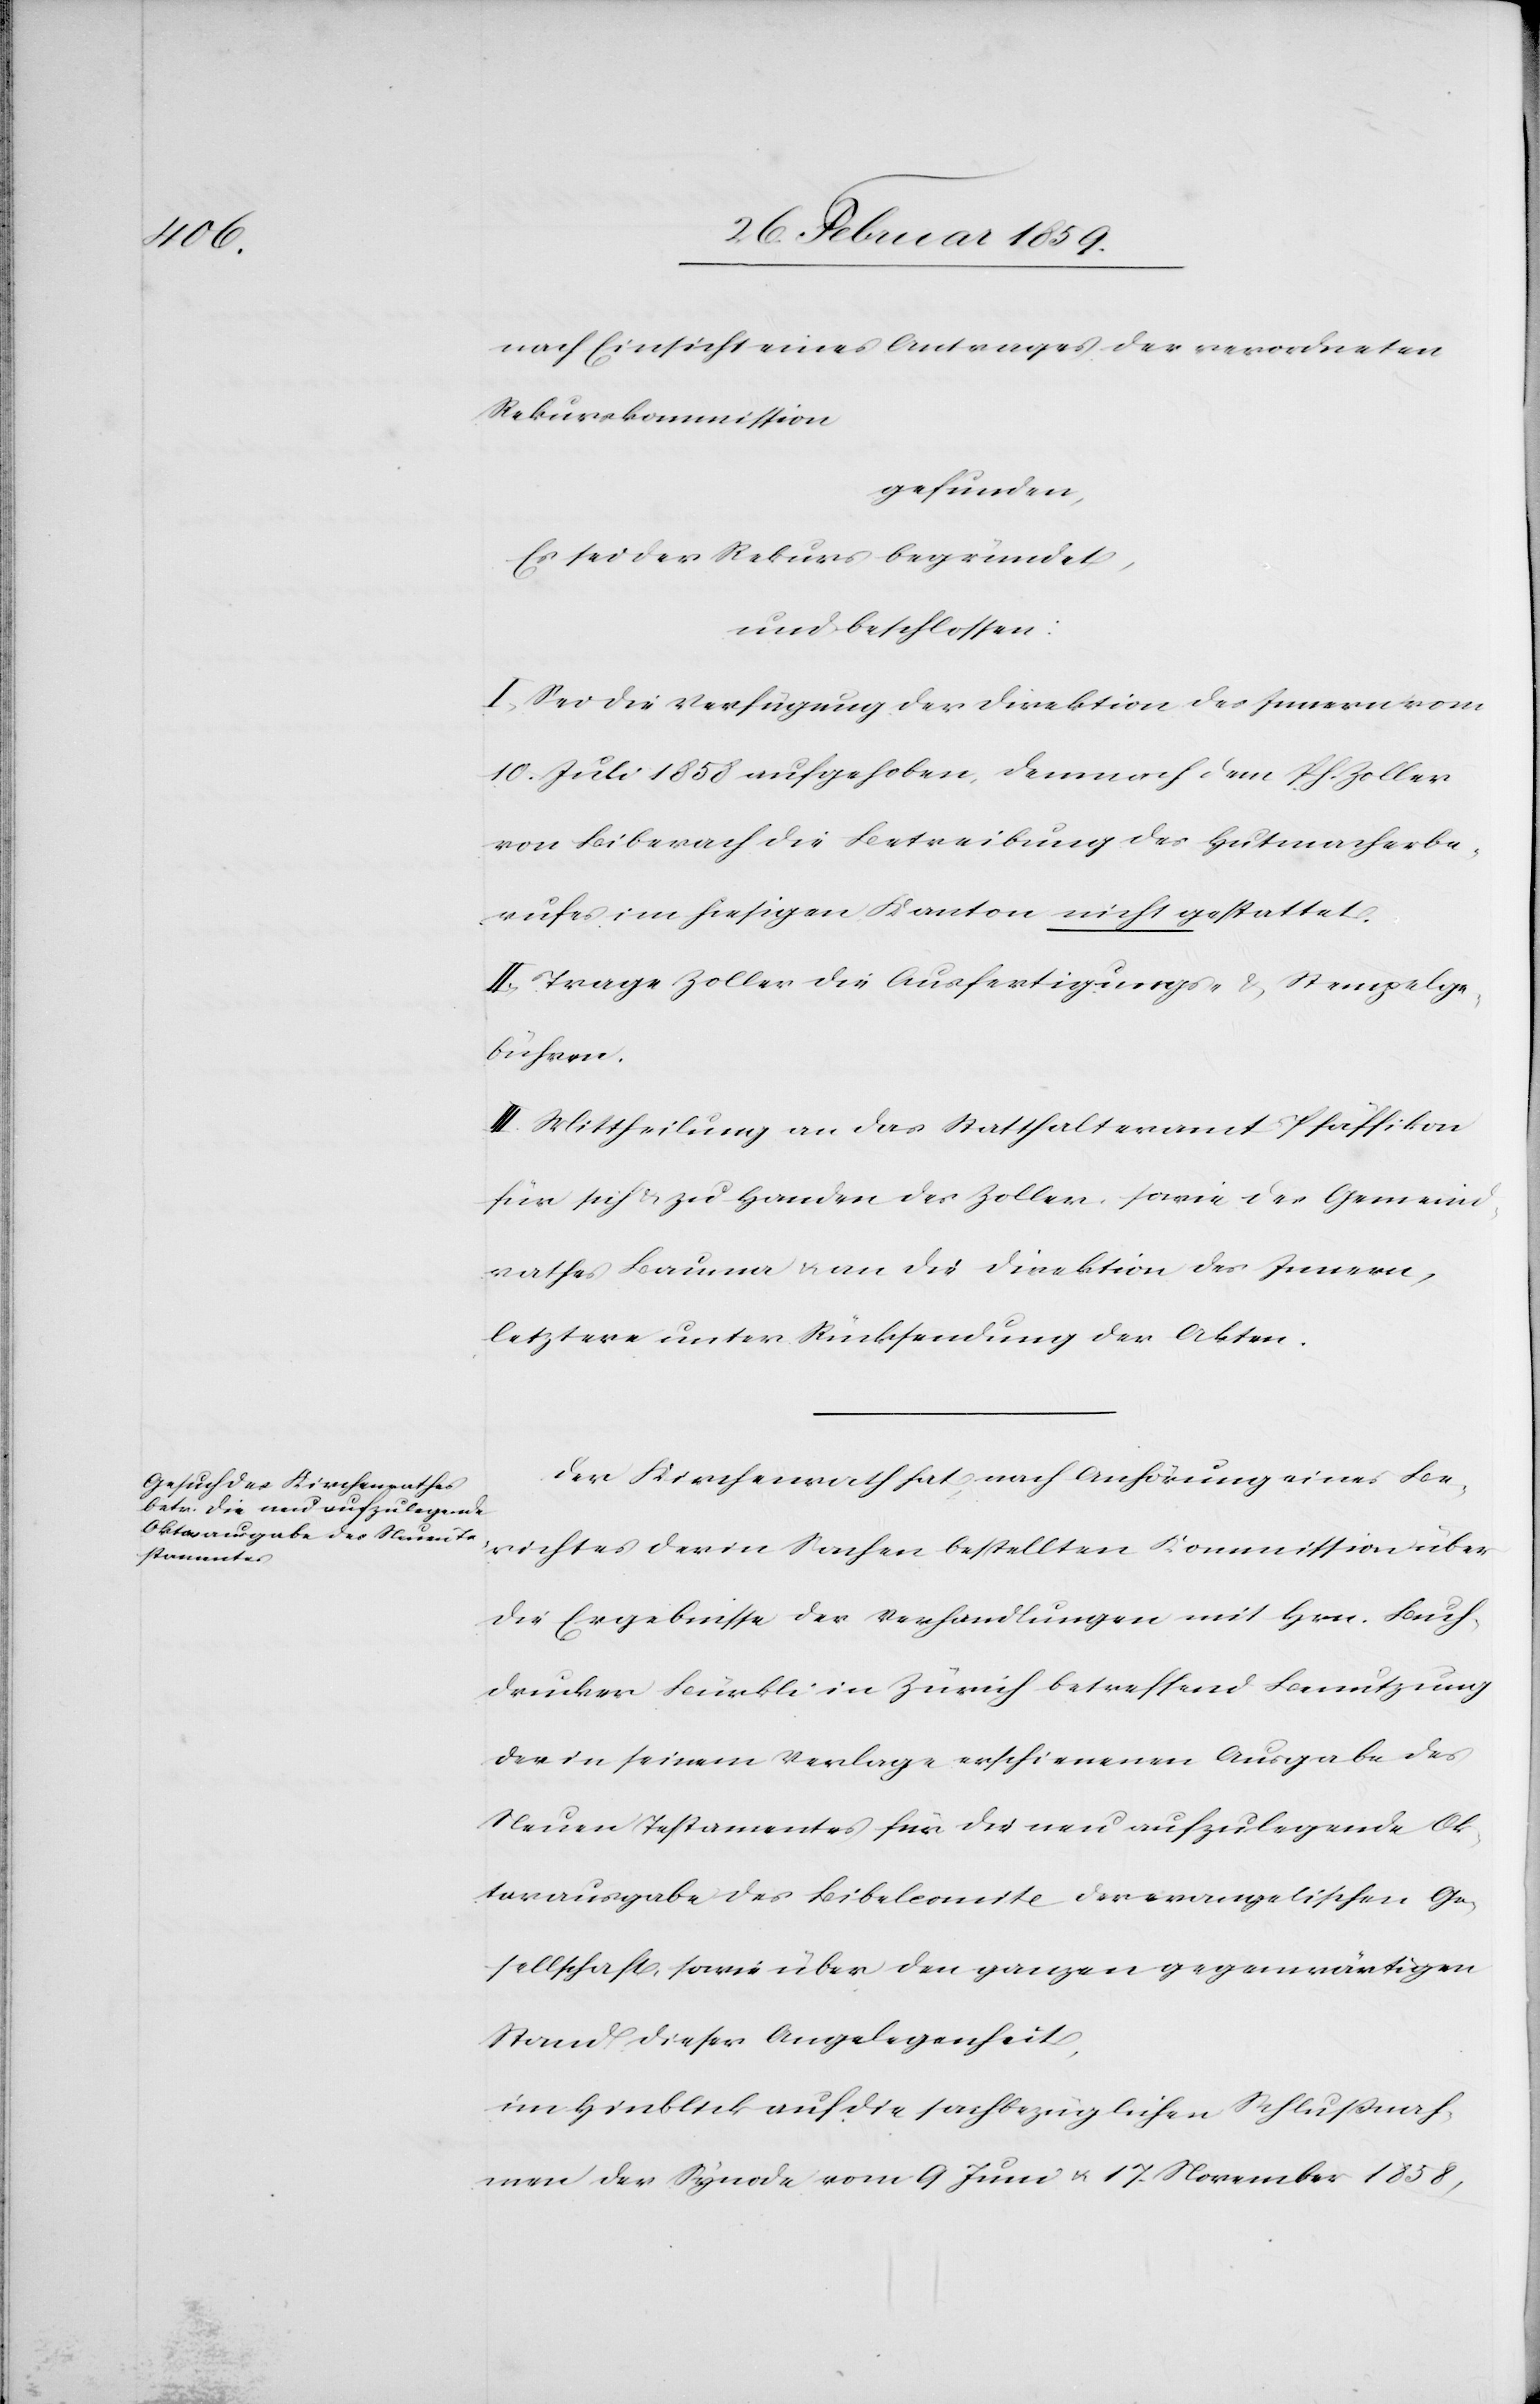
nach Einsicht eines Antrages der verordneten
Rekurskommission
gefunden,
Es sei der Rekurs begründet,
und beschlossen:
I. Sei die Verfügung der Direktion des Innern vom
10. Juli 1858 aufgehoben, demnach dem Ph. Zoller
von Biberach die Betreibung des Hutmacherbe¬
rufes im hiesigen Kanton nicht gestattet.
II. Trage Zoller die Ausfertigungs- & Stempelge¬
bühren.
III. Mittheilung an das Statthalteramt Pfäffikon
für sich & zu Handen des Zoller, sowie des Gemeind¬
rathes Bauma & an die Direktion des Innern,
letztere unter Rücksendung der Akten.
Der Kirchenrath hat, nach Anhörung eines Be¬
richtes der in Sachen bestellten Kommission über
die Ergebnisse der Verhandlungen mit Hrn. Buch¬
drucker Bürkli in Zürich betreffend Benutzung
der in seinem Verlage erschienenen Ausgabe des
Neuen Testamentes für die neu aufzulegende Ok¬
tavausgabe des Bibelcomite [sic!] der evangelischen Ge¬
sellschaft, sowie über den ganzen gegenwärtigen
Stand dieser Angelegenheit,
im Hinblick auf die sachbezüglichen Schlußnah¬
men der Synode vom 9 Juni u.17. November 1858,